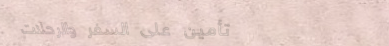
تأمين على السفر والرحلات